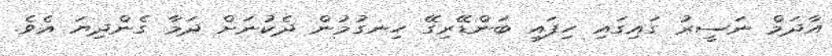
އާދަމް ނަސީރު ގައިގައި ހިފައި ބަންޑޭރިގޭ ހިނގުމުން ދެކުނަށް ދަމާ ގެންދިޔަ އެވެ.